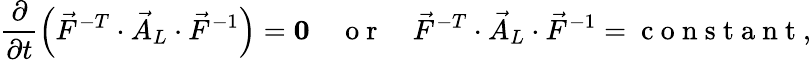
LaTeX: \frac{\partial}{\partial t}\left(\vec{F}^{-T}\cdot\vec{A}_{L}\cdot\vec{F}^{-1}\right)=\boldsymbol{0}\quad\mathrm{~o~r~}\quad\vec{F}^{-T}\cdot\vec{A}_{L}\cdot\vec{F}^{-1}=\mathrm{~c~o~n~s~t~a~n~t~},